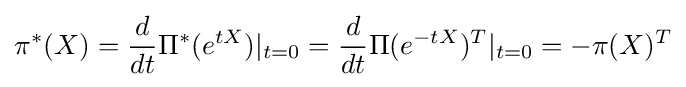
\pi ^{*}(X)={\frac {d}{dt}}\Pi ^{*}(e^{tX})|_{t=0}={\frac {d}{dt}}\Pi (e^{-tX})^{T}|_{t=0}=-\pi (X)^{T}